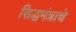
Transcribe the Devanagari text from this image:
सिद्धमंत्राचे